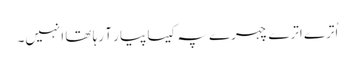
اُترے اترے چہرے پہ کیسا پیار آ رہا تھا انہیں۔